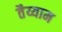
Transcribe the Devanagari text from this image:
तैय्याम